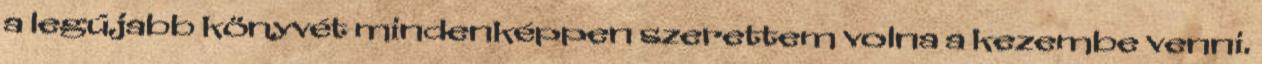
a legújabb könyvét mindenképpen szerettem volna a kezembe venni.